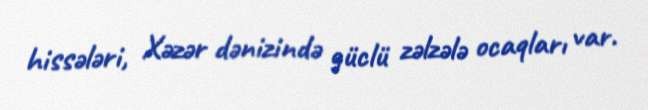
hissələri, Xəzər dənizində güclü zəlzələ ocaqları var.